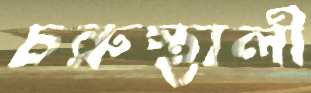
চরুস্থালী